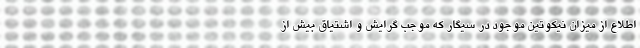
اطلاع از میزان نیکوتین موجود در سیگار که موجب گرایش و اشتیاق بیش از